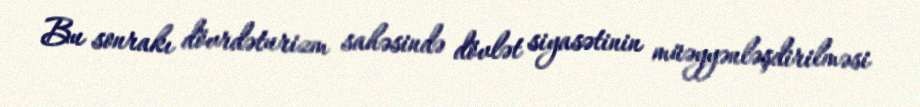
Bu sonrakı dövrdəturizm sahəsində dövlət siyasətinin müəyyənləşdirilməsi